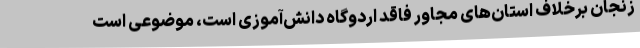
زنجان برخلاف استان‌های مجاور فاقد اردوگاه دانش‌آموزی است، موضوعی است